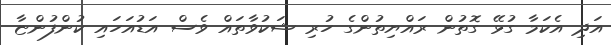
އަދި އެކަމާ ގުޅޭ ގޮތުން ރައްޔިތުންގެ ހުރި ޝަކުވާތައް ވެސް އަޑުއަހައި ކުންފުންޏާ